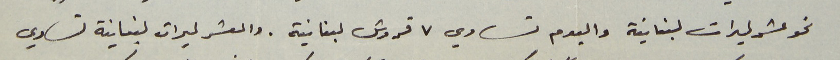
نحو عشر ليرات لبنانية واليوم تساوي ٧ قروش لبنانية. والعشر ليرات لبنانية تساوي